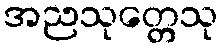
အညသုတ္တေသု